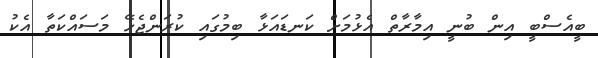
ބީއެސްބީ އިން ބުނީ އިމާރާތް އެޅުމަށް ކަނޑައަޅާ ބިމުގައި ކުރަންޖެހޭ މަސައްކަތާ އެކު